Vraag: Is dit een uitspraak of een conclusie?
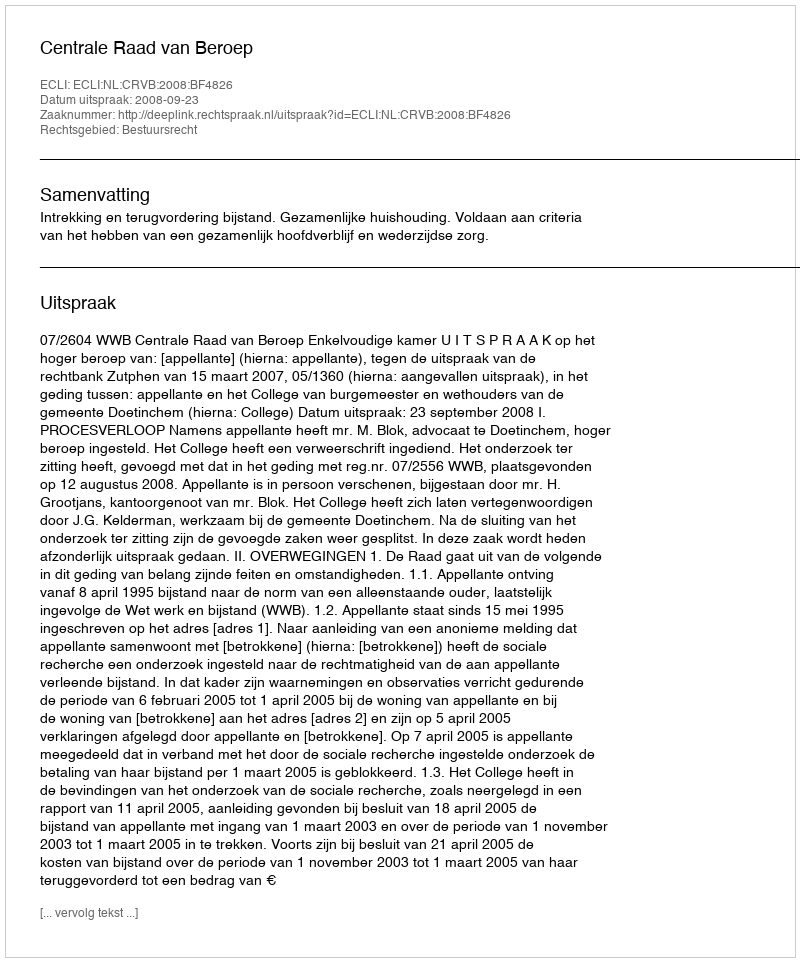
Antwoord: Uitspraak